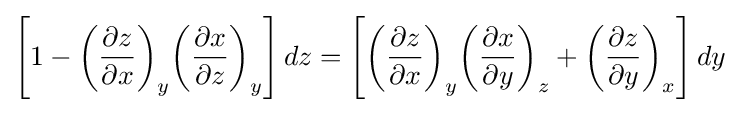
\left[1-{\left({\frac {\partial z}{\partial x}}\right)}_{y}{\left({\frac {\partial x}{\partial z}}\right)}_{y}\right]dz=\left[{\left({\frac {\partial z}{\partial x}}\right)}_{y}{\left({\frac {\partial x}{\partial y}}\right)}_{z}+{\left({\frac {\partial z}{\partial y}}\right)}_{x}\right]dy